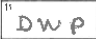
Transcription: DWP